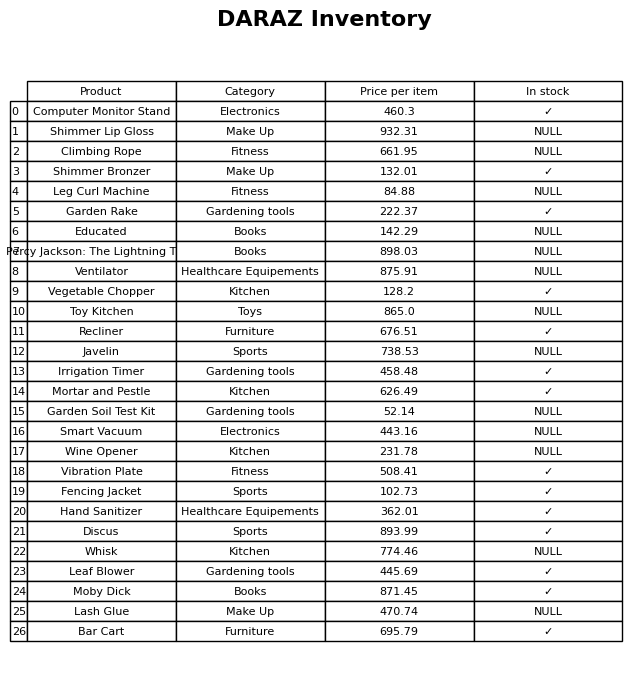
question: What is the stock status of the Vibration Plate?
answer: ✓